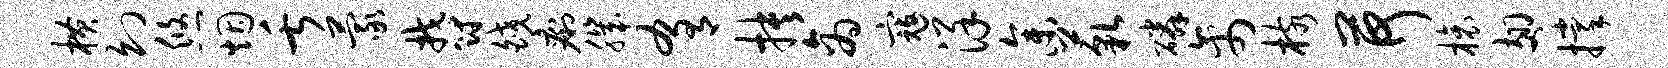
横幻悠烟舌蒙郁皎痢肌肴抉商寇详参藐磷禽核荷榱翅撑